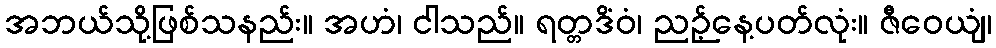
အဘယ်သို့ဖြစ်သနည်း။ အဟံ၊ ငါသည်။ ရတ္တဒိံဝံ၊ ညဉ့်နေ့ပတ်လုံး။ ဇီဝေယျံ၊